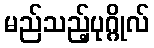
မည်သည့်ပုဂ္ဂိုလ်